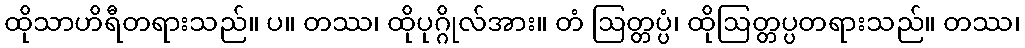
ထိုသာဟိရီတရားသည်။ ပ။ တဿ၊ ထိုပုဂ္ဂိုလ်အား။ တံ ဩတ္တပ္ပံ၊ ထိုဩတ္တပ္ပတရားသည်။ တဿ၊